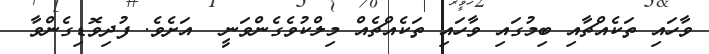
ވާހައި ތަކެއްޗާއި ބިމުގައި ވާހައި ތަކެއްޗެއް މިލްކުވެގެންވަނީ  އަށެވެ. ފުދިވޮޑިގެންވާ